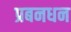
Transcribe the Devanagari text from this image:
प्रबनधन